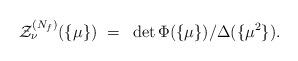
LaTeX: \begin{align*}{\cal Z}_\nu^{(N_f)} (\{\mu\}) ~=~ \det \Phi(\{\mu\})/\Delta(\{\mu^2\}).\end{align*}